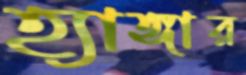
হ্যাঙ্গার